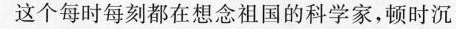
这个每时每刻都在想念祖国的科学家，顿时沉